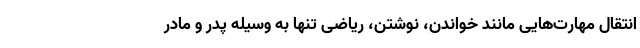
انتقال مهارت‌هایی مانند خواندن، نوشتن، ریاضی تنها به وسیله پدر و مادر